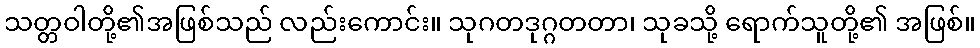
သတ္တဝါတို့၏အဖြစ်သည် လည်းကောင်း။ သုဂတဒုဂ္ဂတတာ၊ သုခသို့ ရောက်သူတို့၏ အဖြစ်။